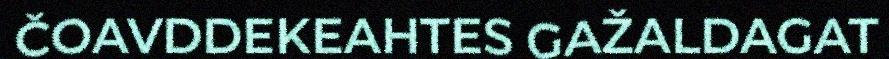
ČOAVDDEKEAHTES GAŽALDAGAT